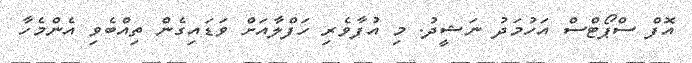
އޮފް ސްޕޯޓްސް އަހުމަދު ނަޝީދު. މި އުފާވެރި ހަފްލާއަށް ވަޑައިގެން ތިއްބެވި އެންމެހާ